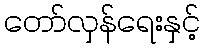
တော်လှန်ရေးနှင့်